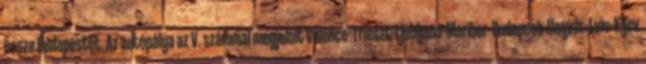
össze Budapestet. Az autópálya az V. számmal megjelölt Velence–Trieszt–Ljubljana–Maribor–Budapest–Ungvár–Lviv–Kijev